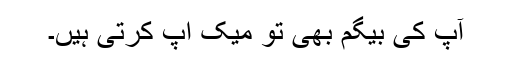
آپ کی بیگم بھی تو میک اپ کرتی ہیں۔